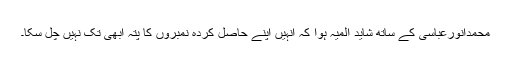
محمدانورعباسی کے ساتھ شاید المیہ ہوا کہ انہیں اپنے حاصل کردہ نمبروں کا پتہ ابھی تک نہیں چل سکا۔